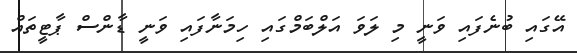
އޭގައި ބުނެފައި ވަނީ މި ލަވަ އަލްބަމްގައި ހިމަނާފައި ވަނީ ޑާންސް ޕާޓީތައް